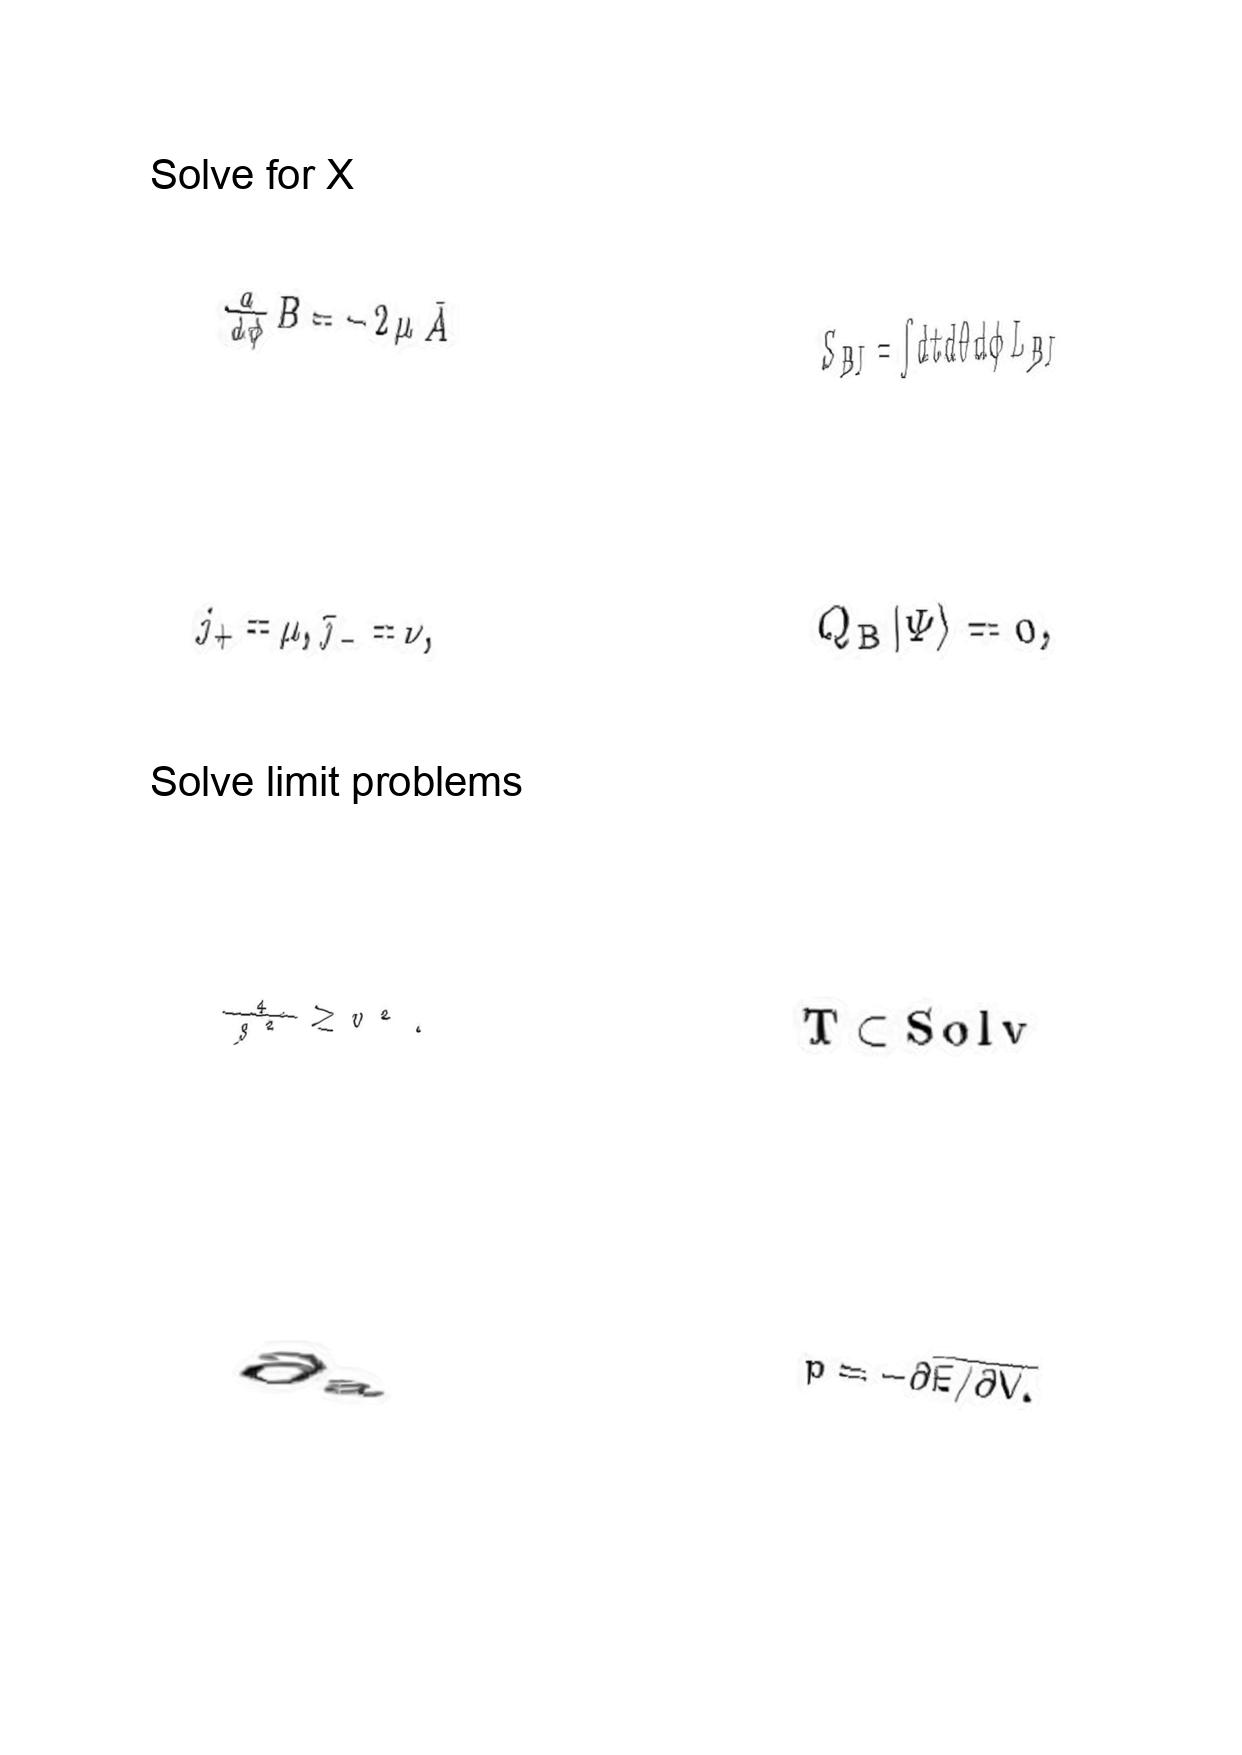
LaTeX transcription:
\frac { d } { d \phi } B = - 2 \mu \bar { A }
j _ { + } = \mu , \bar { \jmath } _ { - } = \nu ,
\frac { 4 } { g ^ { 2 } } \geq v ^ { 2 } .
\partial _ { \mathrm { a } }
S _ { B I } = \int d t d \theta d \phi L _ { B I }
Q _ { \mathrm { B } } \vert \Psi \rangle = 0 ,
T \subset S o l v
p = - \partial \overline { E / \partial V . }